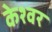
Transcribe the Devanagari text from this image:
केश्वर